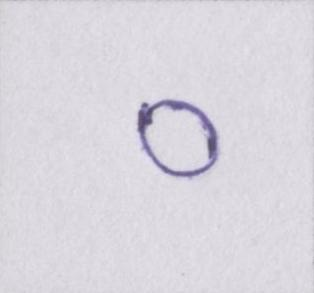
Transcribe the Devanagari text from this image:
०